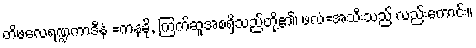
တိဖလေရဏ္ဍကာဒီနံ =ကနခို, ကြက်ဆူအစရှိသည်တို့၏၊ ဖလံ=အသီးသည် လည်းကောင်း။